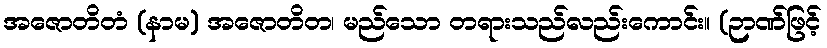
အဇောတိတံ (နာမ) အဇောတိတ၊ မည်သော တရားသည်လည်းကောင်း။ (ဉာဏ်ဖြင့်